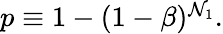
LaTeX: \begin{array}{r}{p\equiv 1-(1-\beta)^{\mathcal{N}_{1}}.}\end{array}